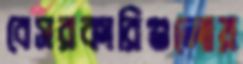
বেসরকারিগুলোয়